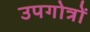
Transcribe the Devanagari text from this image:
उपगोत्रों